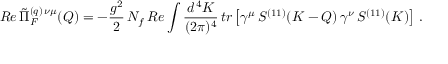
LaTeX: R e \, \tilde { \Pi } _ { F } ^ { ( q ) \, \nu \mu } ( Q ) = - \frac { g ^ { 2 } } { 2 } \, N _ { f } \, R e \int \frac { d ^ { \, 4 } K } { ( 2 \pi ) ^ { 4 } } \, t r \left[ \gamma ^ { \mu } \, S ^ { ( 1 1 ) } ( K - Q ) \, \gamma ^ { \nu } \, S ^ { ( 1 1 ) } ( K ) \right] \, .